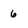
Character: 6